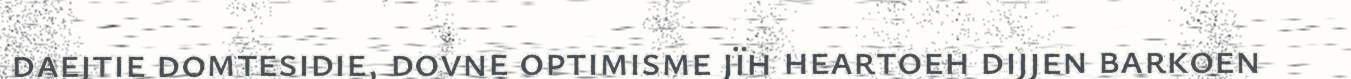
daejtie domtesidie, dovne optimisme jïh heartoeh dijjen barkoen